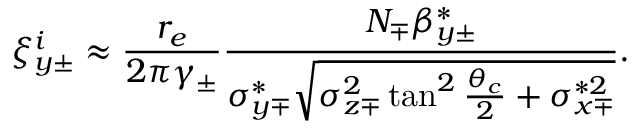
\xi _ { y \pm } ^ { i } \approx \frac { r _ { e } } { 2 \pi \gamma _ { \pm } } \frac { N _ { \mp } \beta _ { y \pm } ^ { * } } { \sigma _ { y \mp } ^ { * } \sqrt { \sigma _ { z \mp } ^ { 2 } \tan ^ { 2 } \frac { \theta _ { c } } { 2 } + \sigma _ { x \mp } ^ { * 2 } } } .